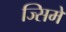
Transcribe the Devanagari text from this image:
ज्सिमे